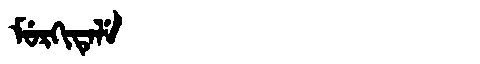
Manchu: ᠮᡠᡵᡴᡳᡨᡝᠯᡝ
Romanization: MURKITELE